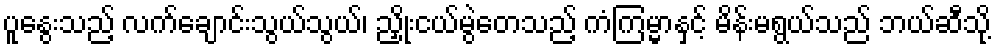
ပူနွေးသည့် လက်ချောင်းသွယ်သွယ်၊ ညှိုးငယ်မွဲတေသည့် ကံကြမ္မာနှင့် မိန်းမရွယ်သည် ဘယ်ဆီသို့